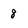
Character: 8